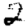
Digit: 2